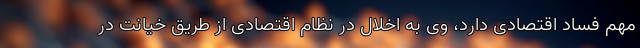
مهم فساد اقتصادی دارد، وی به اخلال در نظام اقتصادی از طریق خیانت در